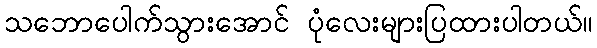
သဘောပေါက်သွားအောင် ပုံလေးများပြထားပါတယ်။